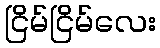
ငြိမ်ငြိမ်လေး